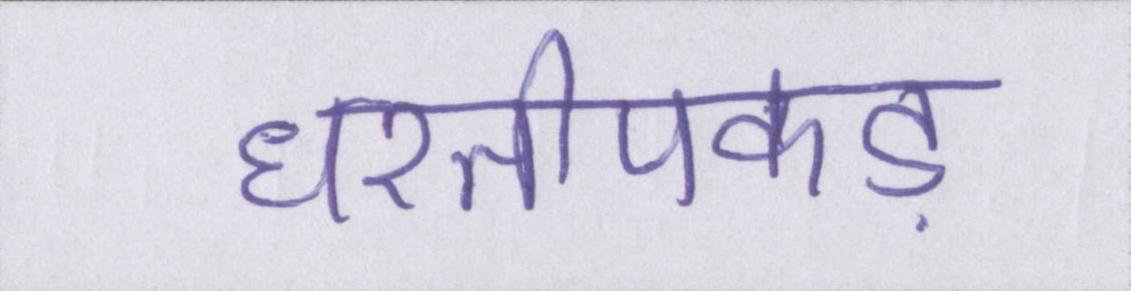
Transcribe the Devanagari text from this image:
धरतीपकड़